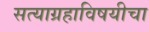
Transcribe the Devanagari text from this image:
सत्याग्रहाविषयीचा